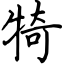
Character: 犄